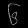
Digit: ၆